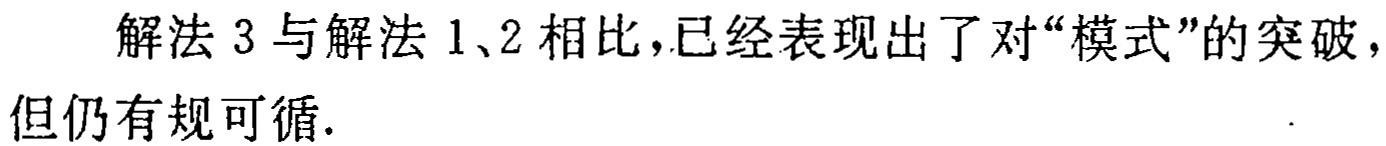
解法 3 与解法 1、2 相比，已经表现出了对“模式”的突破，但仍有规可循.